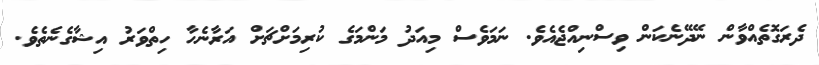
ދެރަގޮތެއްވާން ނޭދޭނެކަން ވިސްނިއްޖެއެވެ. ނަމަވެސް މިއަދު މަންމަގެ ކުރިމަށްޗަށް އަރާނެހާ ހިތްވަރު އިޝާގެނެތެވެ.